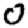
Digit: 0